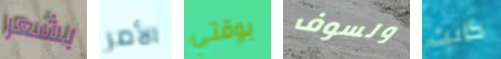
بشعر الأمر بوقتي ولسوف كانت